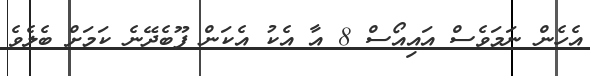
އެހެން ނަމަވެސް އައިއޯސް 8 އާ އެކު އެކަން ފޫބެދޭނެ ކަމަށް ބެލެވެ